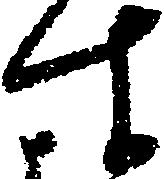
す